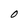
Character: O